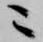
ニ